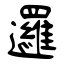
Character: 邏